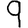
Digit: 9